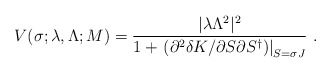
\begin{align*}V(\sigma;\lambda,\Lambda;M) = \frac{|\lambda \Lambda^2|^2}{1 + \left.\left(\partial^2 \delta K/\partial S \partial S^{\dagger}\right)\right|_{S=\sigma J}} \ . \end{align*}